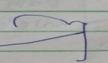
Signature authenticity: forged